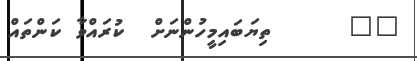
٣٦      ތިޔަބައިމީހުންނަށް  ކުރައްވާ ކަންތައް